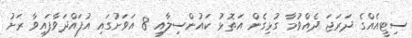
ސިޓީއެއްގެ ދަރަޖަ ދެއްވުމާ ގުޅިގެން އަތޮޅު ކައުންސިލާއި 8 އަވަށުގައި އުފައްދަވާފައިވާ ރަށު